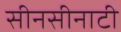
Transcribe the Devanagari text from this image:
सीनसीनाटी